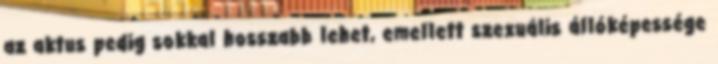
az aktus pedig sokkal hosszabb lehet, emellett szexuális állóképessége